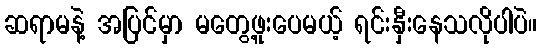
ဆရာမနဲ့ အပြင်မှာ မတွေ့ဖူးပေမယ့် ရင်းနှီးနေသလိုပါပဲ။